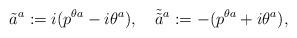
LaTeX: \begin{align*}\tilde{a}^a := i(p^{\theta a}-i\theta^a), \quad\tilde{ \tilde{a}}{ }^a := -(p^{\theta a}+i\theta^a), \end{align*}